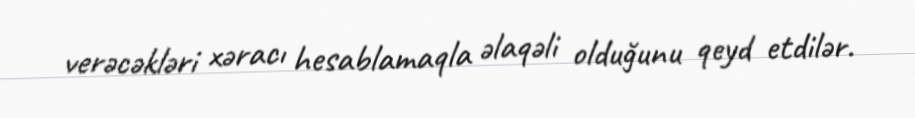
verəcəkləri xəracı hesablamaqla əlaqəli olduğunu qeyd etdilər.